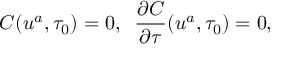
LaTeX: C ( u ^ { a } , \tau _ { 0 } ) = 0 , \; \; \frac { \partial C } { \partial \tau } ( u ^ { a } , \tau _ { 0 } ) = 0 ,